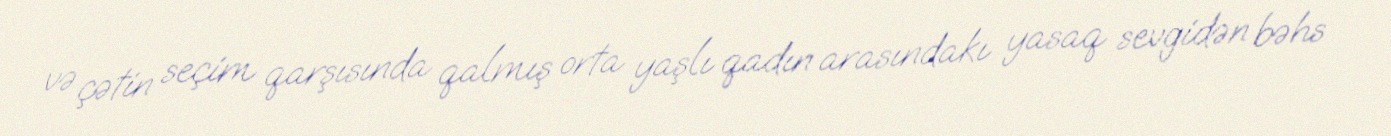
və çətin seçim qarşısında qalmış orta yaşlı qadın arasındakı yasaq sevgidən bəhs